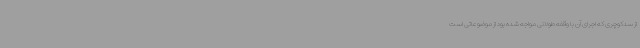
از سدکوچری که اجرای آن با وقفه طولانی مواجه شده بود از موضوعاتی است